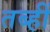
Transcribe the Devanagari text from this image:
तब्हीं